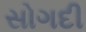
સોગદી